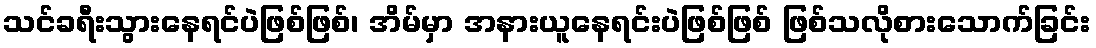
သင်ခရီးသွားနေရင်ပဲဖြစ်ဖြစ်၊ အိမ်မှာ အနားယူနေရင်းပဲဖြစ်ဖြစ် ဖြစ်သလိုစားသောက်ခြင်း